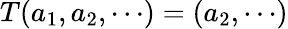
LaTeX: T(a_{1},a_{2},\cdots)=(a_{2},\cdots)